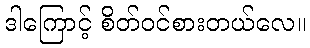
ဒါကြောင့် စိတ်ဝင်စားတယ်လေ။